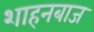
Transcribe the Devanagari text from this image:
शाहनबाज